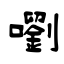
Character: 嚠